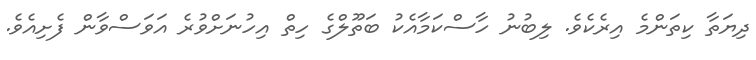
ދިޔަތާ ކިތަންމެ އިރެކެވެ. ލިބުނު ހާސްކަމާއެކު ބަތޫލްގެ ހިތް އިހުނަށްވުރެ އަވަސްވާން ފެށިއެވެ.